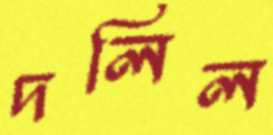
দলিল